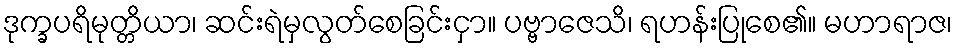
ဒုက္ခပရိမုတ္တိယာ၊ ဆင်းရဲမှလွတ်စေခြင်းငှာ။ ပဗ္ဗာဇေသိ၊ ရဟန်းပြုစေ၏။ မဟာရာဇ၊